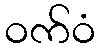
ဝက်ဝံ